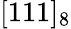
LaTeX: [111]_{8}